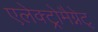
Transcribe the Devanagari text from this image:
एलेक्ट्रोमैग्नेट्